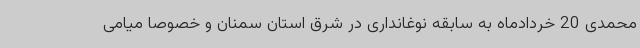
محمدی 20 خردادماه به سابقه نوغانداری در شرق استان سمنان و خصوصا میامی